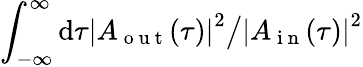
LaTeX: \int_{-\infty}^{\infty}\mathrm{d}\tau{\left|A_{\mathrm{{~o~u~t~}}}(\tau)\right|}^{2}\big/{\left|A_{\mathrm{{~i~n~}}}(\tau)\right|}^{2}